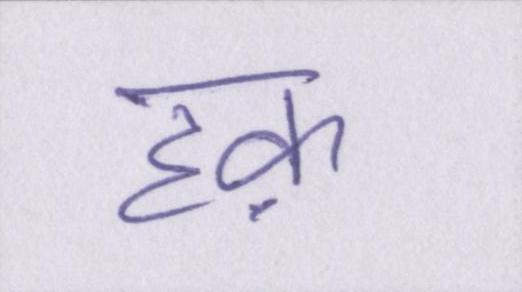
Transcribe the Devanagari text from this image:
हक़